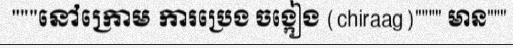
"""នៅក្រោម ការប្រេង ចង្កៀង (chiraag)"""" មាន"""